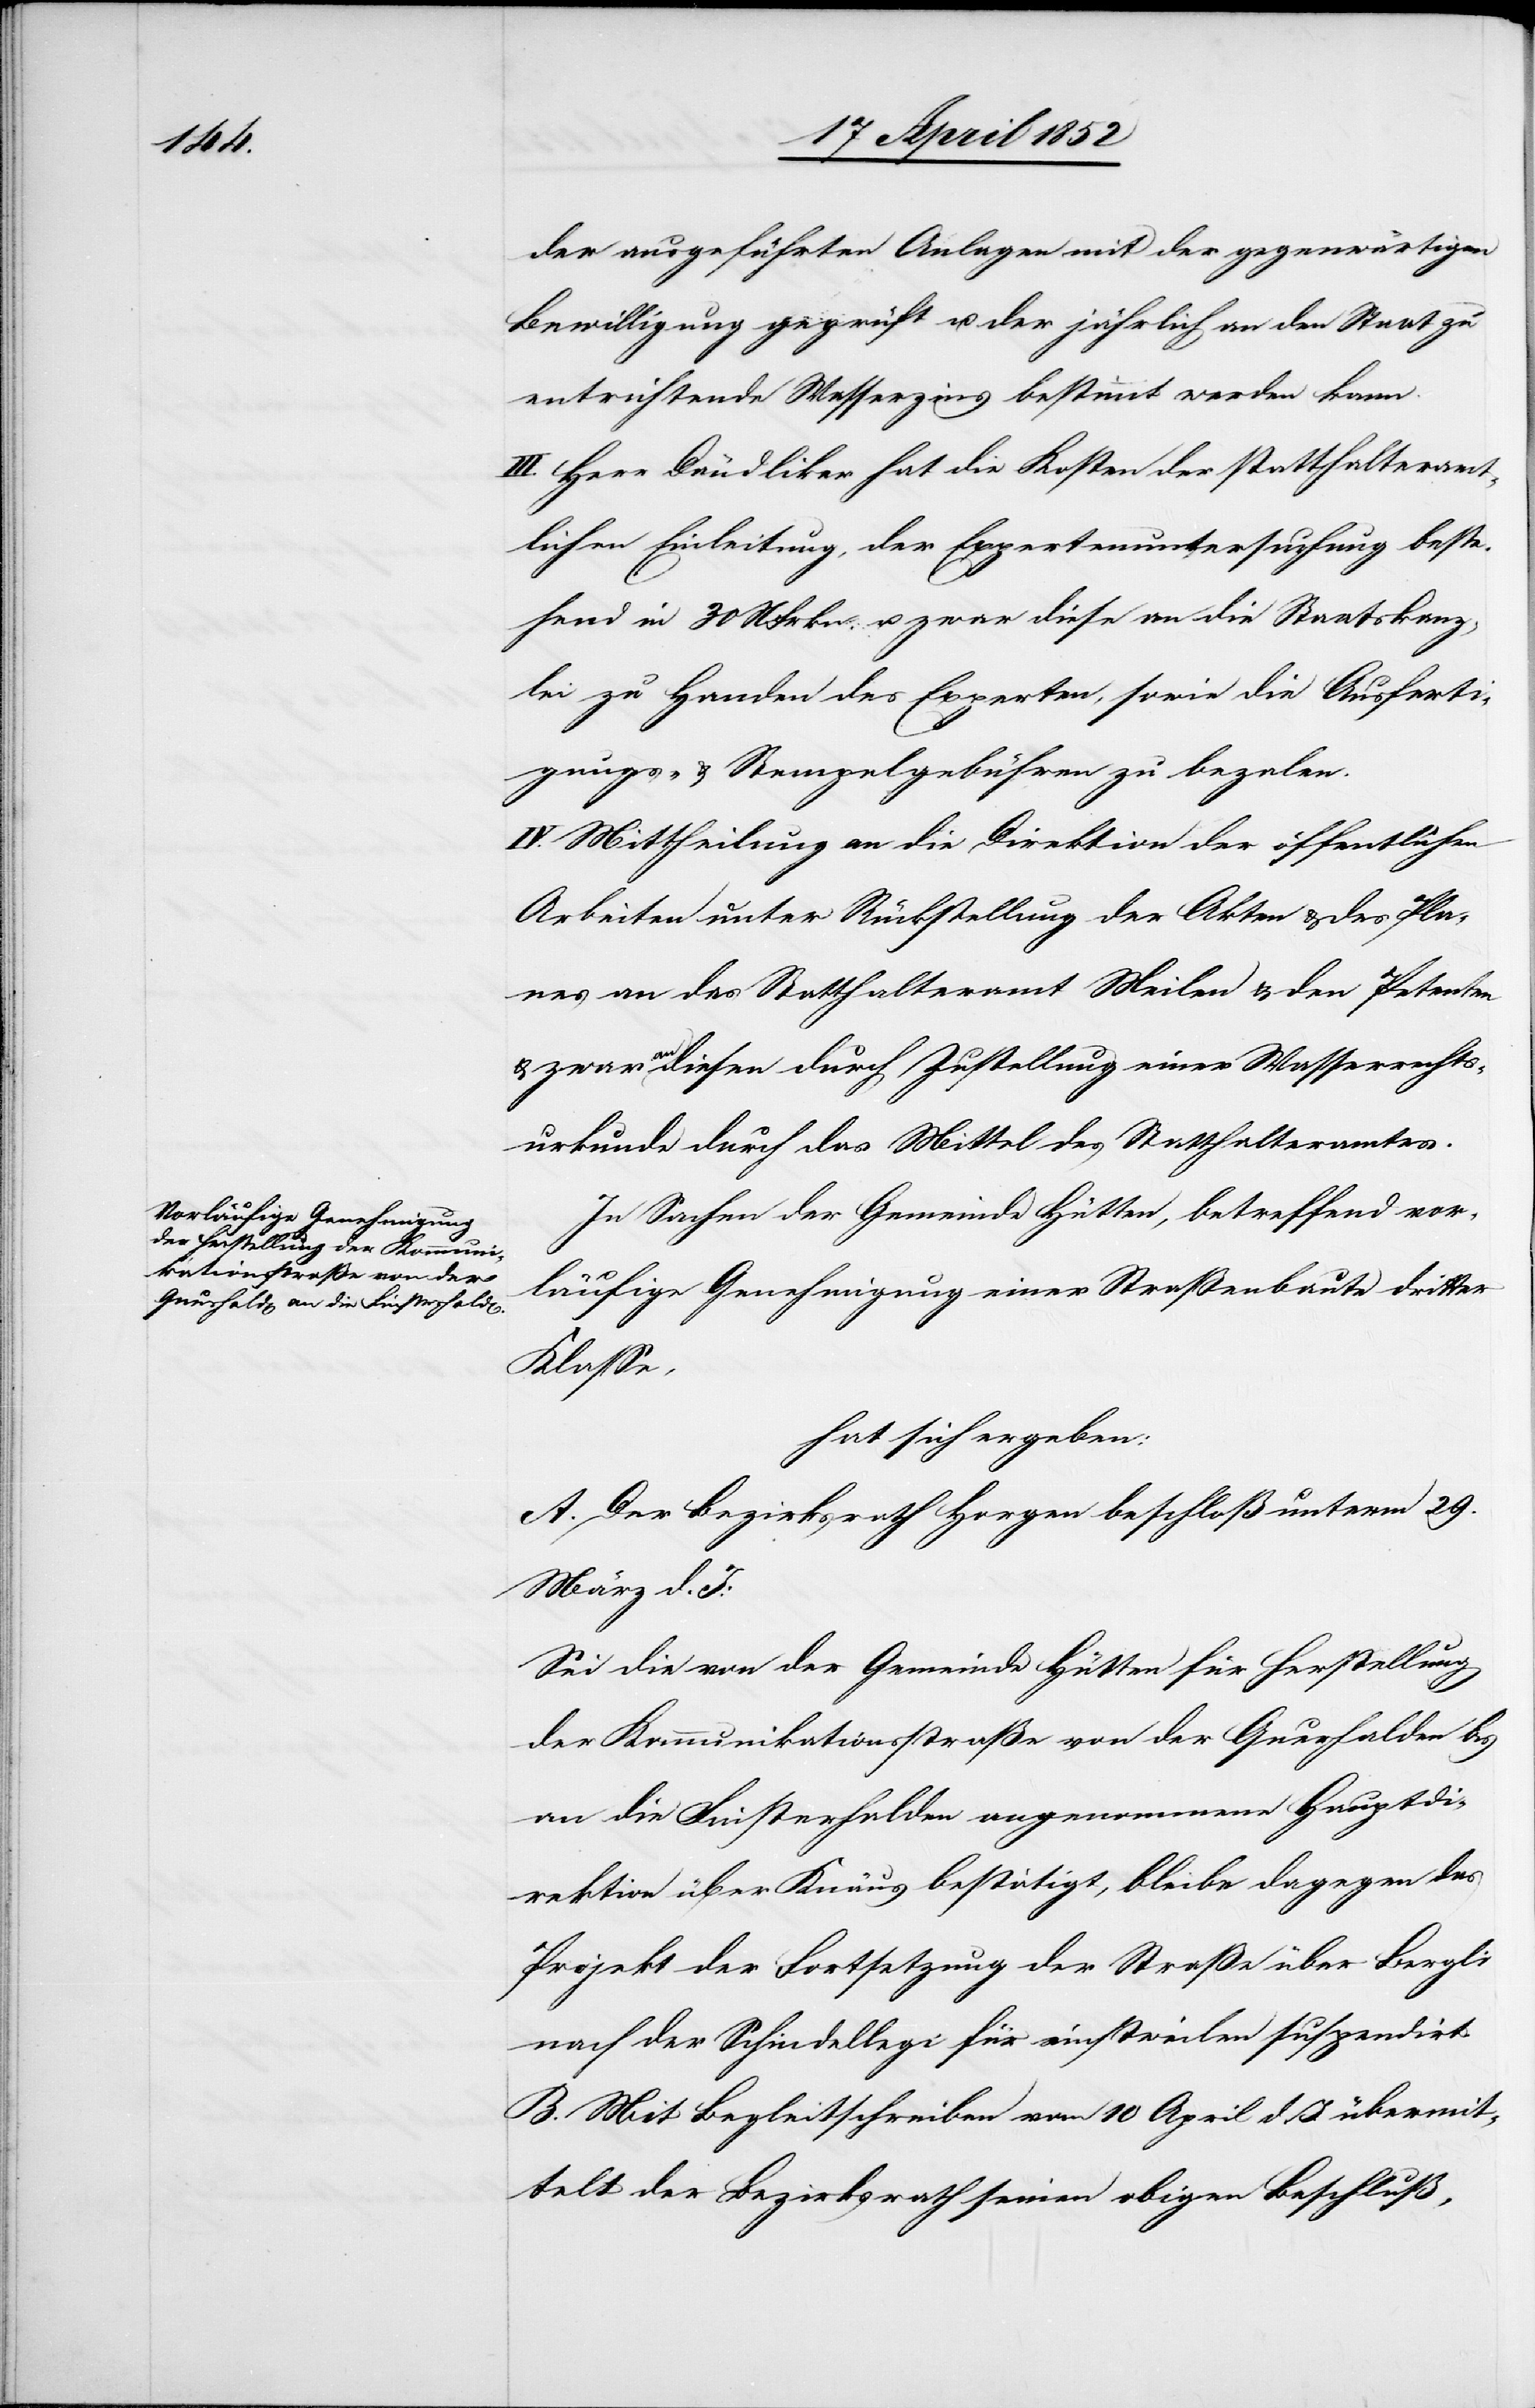
der ausgeführten Anlagen mit der gegenwärtigen
Bewilligung geprüft u. der jährlich an den Staat zu
entrichtende Wasserzins bestimmt werden kann.
III. Herr Dändliker hat die Kosten der statthalteramt¬
lichen Einleitung, der Expertenuntersuchung beste¬
hend in 30 NFrkn. u. zwar diese an die Staatskanz¬
lei zu Handen des Experten, sowie die Ausferti¬
gungs- & Stempelgebühren zu bezalen.
IV. Mittheilung an die Direktion der öffentlichen
Arbeiten unter Rückstellung der Akten & des Pla¬
nes[,] an das Statthalteramt Meilen & den Petenten
& zwar an diesen durch Zustellung einer Wasserrechts¬
urkunde durch das Mittel des Statthalteramtes.
In Sachen der Gemeinde Hütten, betreffend vor¬
läufige Genehmigung einer Straßenbaute dritter
Klasse,
hat sich ergeben:
A. Der Bezirksrath Horgen beschloß unterm 29.
März d. J:
Sei die von der Gemeinde Hütten für Herstellung
der Kommunikationsstraße von der Querhalden bis
an die Finsterhalden angenommene Hauptdi¬
rektion über Knäus bestätigt, bleibe dagegen das
Projekt der Fortsetzung der Straße über Bergli
nach der Schindellegi für einstweilen suspendirt.
B. Mit Begleitschreiben vom 10 April d. J. übermit¬
telt der Bezirksrath seinen obigen Beschluß,